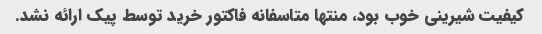
کیفیت شیرینی خوب بود، منتها متاسفانه فاکتور خرید توسط پیک ارائه نشد.